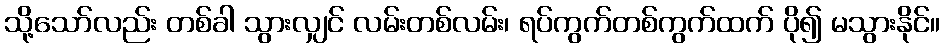
သို့သော်လည်း တစ်ခါ သွားလျှင် လမ်းတစ်လမ်း၊ ရပ်ကွက်တစ်ကွက်ထက် ပို၍ မသွားနိုင်။